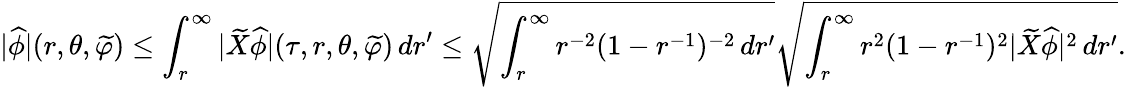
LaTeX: |\widehat{\phi}|(r,\theta,\widetilde{\varphi})\leq\int_{r}^{\infty}|\widetilde{X}\widehat{\phi}|(\tau,r,\theta,\widetilde{\varphi})\, dr^{\prime}\leq\sqrt{\int_{r}^{\infty}r^{-2}(1-r^{-1})^{-2}\, dr^{\prime}}\sqrt{\int_{r}^{\infty}r^{2}(1-r^{-1})^{2}|\widetilde{X}\widehat{\phi}|^{2}\, dr^{\prime}}.